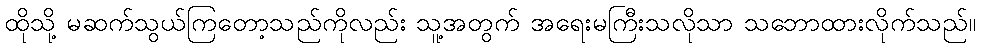
ထိုသို့ မဆက်သွယ်ကြတော့သည်ကိုလည်း သူ့အတွက် အရေးမကြီးသလိုသာ သဘောထားလိုက်သည်။